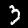
Label: 3